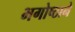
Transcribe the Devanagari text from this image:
भगोष्ठाने